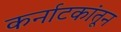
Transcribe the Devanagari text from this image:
कर्नाटकांतून